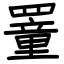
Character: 罿